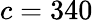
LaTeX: c=340